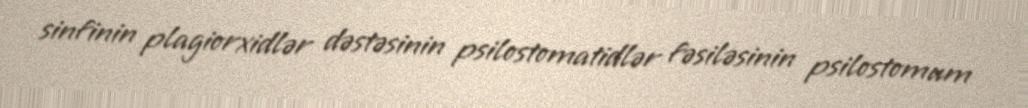
sinfinin plagiorxidlər dəstəsinin psilostomatidlər fəsiləsinin psilostomum